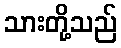
သားတို့သည်